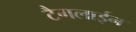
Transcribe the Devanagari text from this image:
टैगलाईन